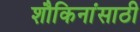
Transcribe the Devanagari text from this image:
शौकिनांसाठी